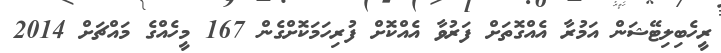
ރީހެބިލިޓޭޝަން އަމުރާ އެއްގޮތަށް ފަރުވާ އެއްކޮށް ފުރިހަމަކޮށްގެން 167 މީހެއްގެ މައްޗަށް 2014